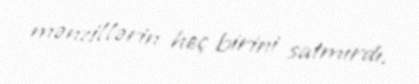
mənzillərin heç birini satmırdı.